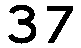
37